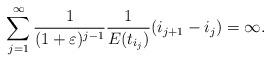
LaTeX: \begin{align*} \sum_{j = 1}^{\infty} \frac{1}{(1+\varepsilon)^{j-1}}\frac{1}{E(t_{i_{j}})} (i_{j+1} - i_j) = \infty. \end{align*}